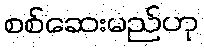
စစ်ဆေးမည်ဟု